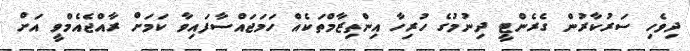
ދިވެހި ސަރުކާރުން ގެރެންޓީ ދިނުމުގެ ހުރިހާ އިންތިޒާމްތަކެއް ހަމަޖައްސާފައިވާ ކަމަށް ރާއްޖެއެމްވީ އަށް